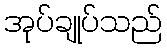
အုပ်ချုပ်သည်